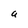
Character: a